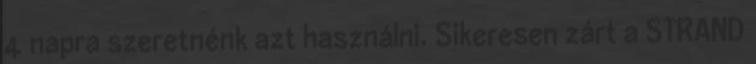
4 napra szeretnénk azt használni. Sikeresen zárt a STRAND